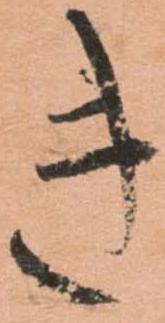
き